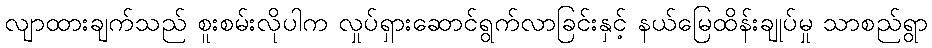
လျာထားချက်သည် စူးစမ်းလိုပါက လှုပ်ရှားဆောင်ရွက်လာခြင်းနှင့် နယ်မြေထိန်းချုပ်မှု သာစည်ရွာ